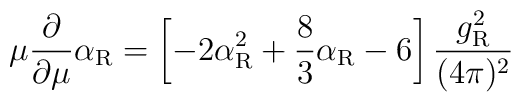
\mu\frac{\partial}{\partial\mu} \alpha_{\rm R} =  \left[-2\alpha_{\rm R}^2+\frac83\alpha_{\rm R}-6  \right] \frac{g_{\rm R}^2}{(4\pi)^2}